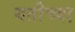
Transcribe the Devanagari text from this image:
यतीच्या